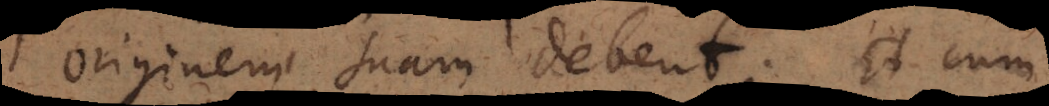
originem suam debent. Et cum